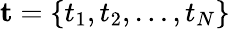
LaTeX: \mathbf{t}=\{ t_{1},t_{2},\dots,t_{N}\}